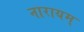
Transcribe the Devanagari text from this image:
नारायम्